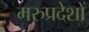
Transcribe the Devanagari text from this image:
मरुप्रदेशों